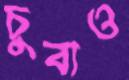
চুবাও